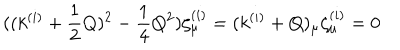
LaTeX: ( ( k ^ { ( i ) } + \frac { 1 } { 2 } Q ) ^ { 2 } - \frac { 1 } { 4 } Q ^ { 2 } ) \zeta _ { \mu } ^ { ( i ) } = ( k ^ { ( i ) } + Q ) _ { \mu } \zeta _ { \mu } ^ { ( i ) } = 0